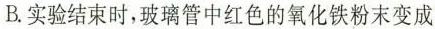
B.实验结束时，玻璃管中红色的氧化铁粉末变成